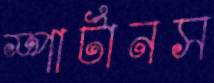
স্পার্টানস